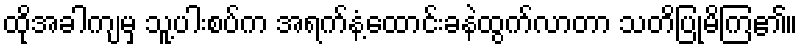
ထိုအခါကျမှ သူ့ပါးစပ်က အရက်နံ့ထောင်းခနဲထွက်လာတာ သတိပြုမိကြ၏။